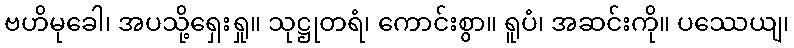
ဗဟိမုခေါ၊ အပသို့ရှေးရှု။ သုဋ္ဌုတရံ၊ ကောင်းစွာ။ ရူပံ၊ အဆင်းကို။ ပဿေယျ၊